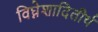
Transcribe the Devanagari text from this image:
विघ्नेशादितीर्थ